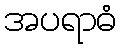
အပရာဓံ